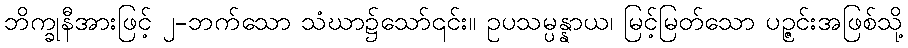
ဘိက္ခုနီအားဖြင့် ၂-ဘက်သော သံဃာ၌သော်၎င်း။ ဥပသမ္ပန္နာယ၊ မြင့်မြတ်သော ပဉ္ဇင်းအဖြစ်သို့